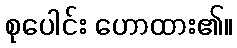
စုပေါင်း ဟောထား၏။